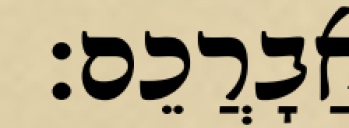
אֲבָרֲכֵם׃